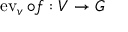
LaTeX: \operatorname { e v } _ { v } \circ f : V \to G